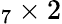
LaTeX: _7\times 2